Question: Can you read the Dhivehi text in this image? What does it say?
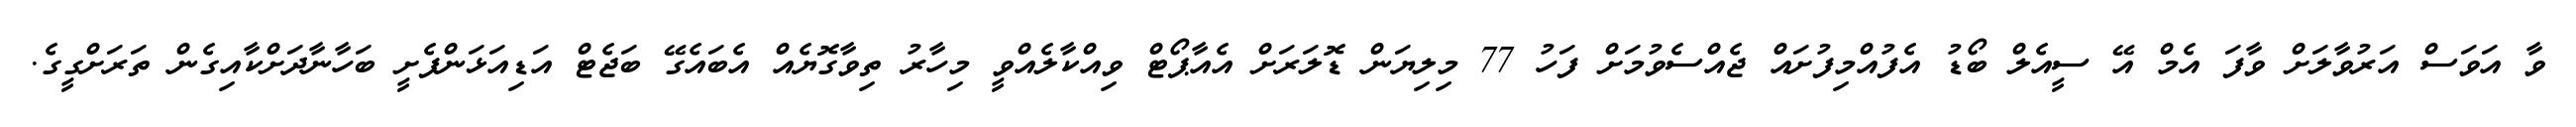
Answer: ވާ އަވަސް އަރުވާލަށް ވާފަ އެމް އޭ ސީއެލް ބޯޑު އެފުއްމިފުށައް ޖެއްސެވުމަށް ފަހު 77 މިލިޔަން ޑޮލަރަށް އެއާޕޯޓް ވިއްކާލެއްވީ މިހާރު ތިވާގޮޔެއް އެބައެގޭ ބަޖެޓް އަޑިއަޅަންފެށީ ބަހާނާދަށްކާއިގެން ތަރަށްގީގެ.